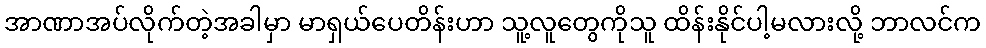
အာဏာအပ်လိုက်တဲ့အခါမှာ မာရှယ်ပေတိန်းဟာ သူ့လူတွေကိုသူ ထိန်းနိုင်ပါ့မလားလို့ ဘာလင်က